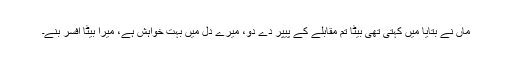
ماں نے بتایا میں کہتی تھی بیٹا تم مقابلے کے پیپر دے دو، میرے دل میں بہت خواہش ہے، میرا بیٹا افسر بنے۔